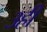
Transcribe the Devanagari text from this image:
३ही